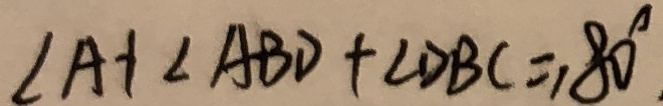
\angle A + \angle A B D + \angle D B C = 1 8 0 ^ { \circ }